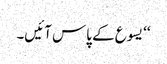
‘‘ یسوع کے پاس آئیں۔